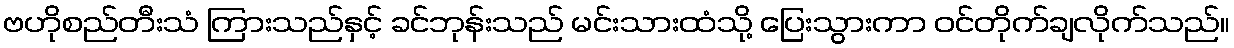
ဗဟိုစည်တီးသံ ကြားသည်နှင့် ခင်ဘုန်းသည် မင်းသားထံသို့ ပြေးသွားကာ ဝင်တိုက်ချလိုက်သည်။